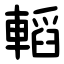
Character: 轁